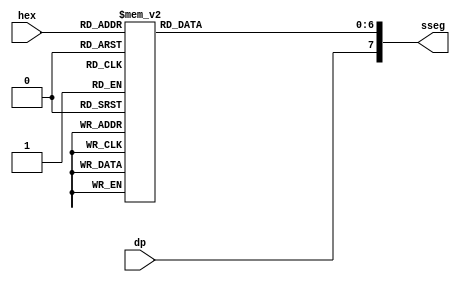
module Hex_to_seven_segment_decoder (
	input wire [3:0] hex,
	input wire dp,
	output reg [7:0] sseg
);

always @*
	begin
		case(hex)
			4'h0: sseg[6:0] = 7'b0111111;
            4'h1: sseg[6:0] = 7'b0000110;
            4'h2: sseg[6:0] = 7'b1011011;
            4'h3: sseg[6:0] = 7'b1001111;
            4'h4: sseg[6:0] = 7'b1100110;
            4'h5: sseg[6:0] = 7'b1101101;
            4'h6: sseg[6:0] = 7'b1111101;
            4'h7: sseg[6:0] = 7'b0000111;
            4'h8: sseg[6:0] = 7'b1111111;
            4'h9: sseg[6:0] = 7'b1101111;
            4'ha: sseg[6:0] = 7'b1110111;
            4'hb: sseg[6:0] = 7'b1111100;
            4'hc: sseg[6:0] = 7'b1011000;
            4'hd: sseg[6:0] = 7'b1011110;
            4'he: sseg[6:0] = 7'b1111001;
			4'hf: sseg[6:0] = 7'b1000111;
		endcase
		sseg[7] = dp;
	end
endmodule